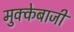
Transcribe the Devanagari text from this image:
मुक्‍केबाजी